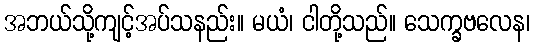
အဘယ်သို့ကျင့်အပ်သနည်း။ မယံ၊ ငါတို့သည်။ သေက္ခဗလေန၊